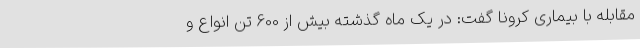
مقابله با بیماری کرونا گفت: در یک ماه گذشته بیش از 600 تن انواع و